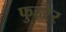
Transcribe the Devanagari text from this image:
फुहरेर